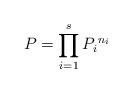
LaTeX: \begin{align*}P=\prod_{i=1}^{s}{P_{i}}^{n_{i}}\end{align*}